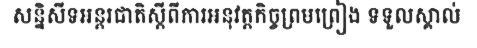
សន្និសីទអន្តរជាតិស្តីពីការអនុវត្តកិច្ចព្រមព្រៀង ទទួលស្គាល់